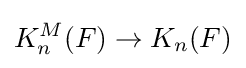
K_{n}^{M}(F)\to K_{n}(F)